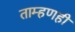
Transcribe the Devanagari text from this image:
ताम्हणही